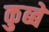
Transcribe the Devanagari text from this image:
कुब्बे